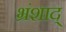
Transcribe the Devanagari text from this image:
भ्रंशाद्